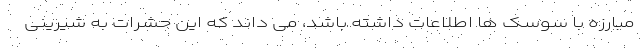
مبارزه با سوسک ها اطلاعات داشته باشد، می داند که این حشرات به شیرینی